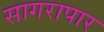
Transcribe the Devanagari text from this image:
सागरापार